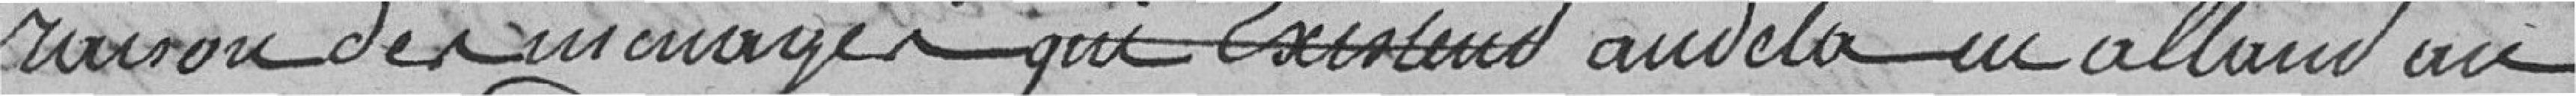
raison des ménages qui existent au-delà en allant sur